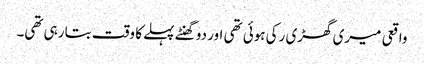
واقعی میری گھڑی رکی ہوئی تھی اور دو گھنٹے پہلے کا وقت بتا رہی تھی۔